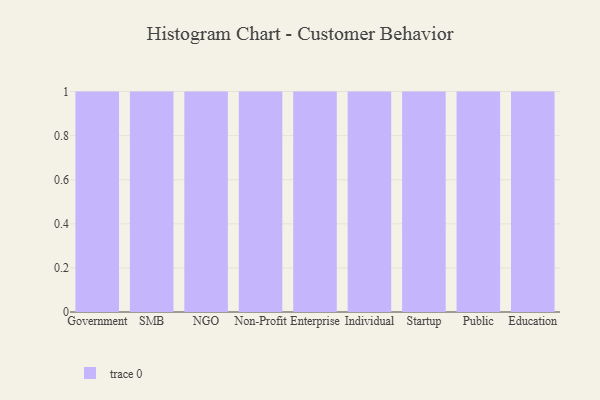
{"axis": {"x": "Segment", "y": "Waste Production (Tons)"}, "legend": [""], "data": [{"x": "Government", "y": 93, "type": ""}, {"x": "SMB", "y": 70, "type": ""}, {"x": "NGO", "y": 10, "type": ""}, {"x": "Non-Profit", "y": 99, "type": ""}, {"x": "Enterprise", "y": 47, "type": ""}, {"x": "Individual", "y": 3, "type": ""}, {"x": "Startup", "y": 17, "type": ""}, {"x": "Public", "y": 49, "type": ""}, {"x": "Education", "y": 95, "type": ""}]}